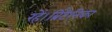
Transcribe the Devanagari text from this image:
रहें।ब्रिटैनिका